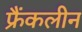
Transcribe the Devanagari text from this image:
फ्रैंकलीन